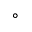
^ \circ